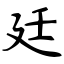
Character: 廷